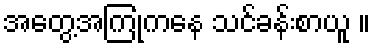
အတွေ့အကြုံကနေ သင်ခန်းစာယူ ။